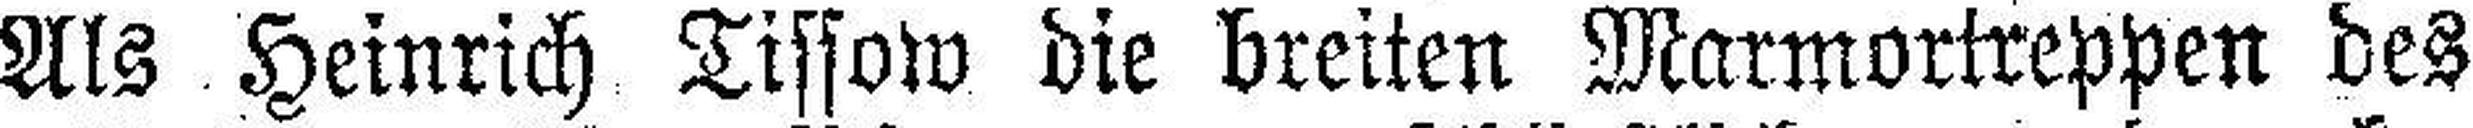
Als Heinrich Tissow die breiten Marmortreppen des